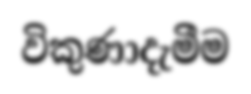
විකුණාදැමීම